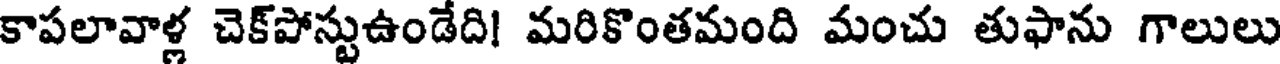
కాపలావాళ్ల చెక్పోస్టుఉండేది! మరికొంతమంది మంచు తుఫాను గాలులు